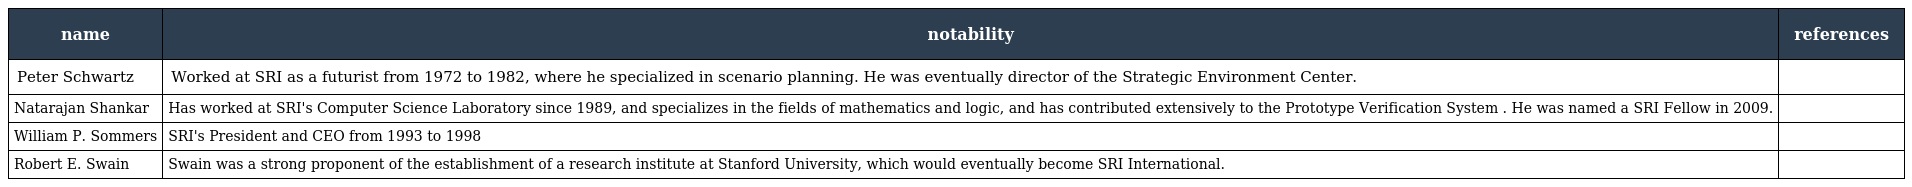
| name | notability | references |
 | --- | --- | --- |
 | Peter Schwartz | Worked at SRI as a futurist from 1972 to 1982, where he specialized in scenario planning. He was eventually director of the Strategic Environment Center. |  |
 | Natarajan Shankar | Has worked at SRI's Computer Science Laboratory since 1989, and specializes in the fields of mathematics and logic, and has contributed extensively to the Prototype Verification System . He was named a SRI Fellow in 2009. |  |
 | William P. Sommers | SRI's President and CEO from 1993 to 1998 |  |
 | Robert E. Swain | Swain was a strong proponent of the establishment of a research institute at Stanford University, which would eventually become SRI International. |  |